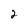
Character: 2